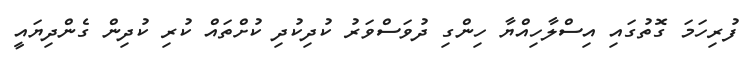
ފުރިހަމަ ގޮތުގައި އިސްލާހިއްޔާ ހިންގި ދުވަސްވަރު ކުދިކުދި ކުށްތައް ކުރި ކުދިން ގެންދިޔައީ